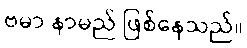
ဗမာ နာမည် ဖြစ်နေသည်။